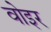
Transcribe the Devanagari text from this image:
वोइर